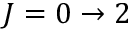
J = 0 \rightarrow 2